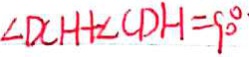
\angle D C H + \angle C D H = 9 0 ^ { \circ }